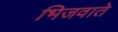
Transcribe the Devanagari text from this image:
भिजवाते